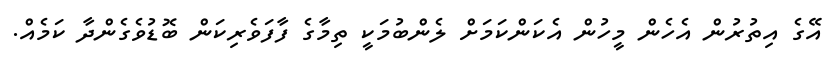
އޭގެ އިތުރުން އެހެން މީހުން އެކަންކަމަށް ލެންބުމަކީ ތިމާގެ ފާފަވެރިކަން ބޮޑުވެގެންދާ ކަމެއް.